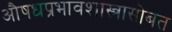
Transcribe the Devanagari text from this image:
औषधप्रभावशास्त्रासोबत